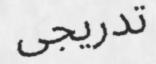
تدريجى